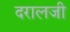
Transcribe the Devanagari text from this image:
दरालजी